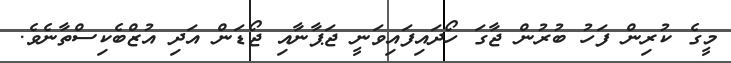
މީގެ ކުރިން ފަހު ބުރުން ޖާގަ ހޯދައިފައިވަނީ ޖަޕާނާއި ޖޯޑަން އަދި އުޒްބެކިސްތާނެވެ.